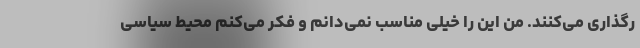
رگذاری می‌کنند. من این را خیلی مناسب نمی‌دانم و فکر می‌کنم محیط سیاسی